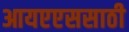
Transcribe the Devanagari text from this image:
आयएएससाठी